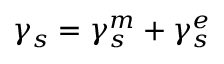
\gamma _ { s } = \gamma _ { s } ^ { m } + \gamma _ { s } ^ { e }